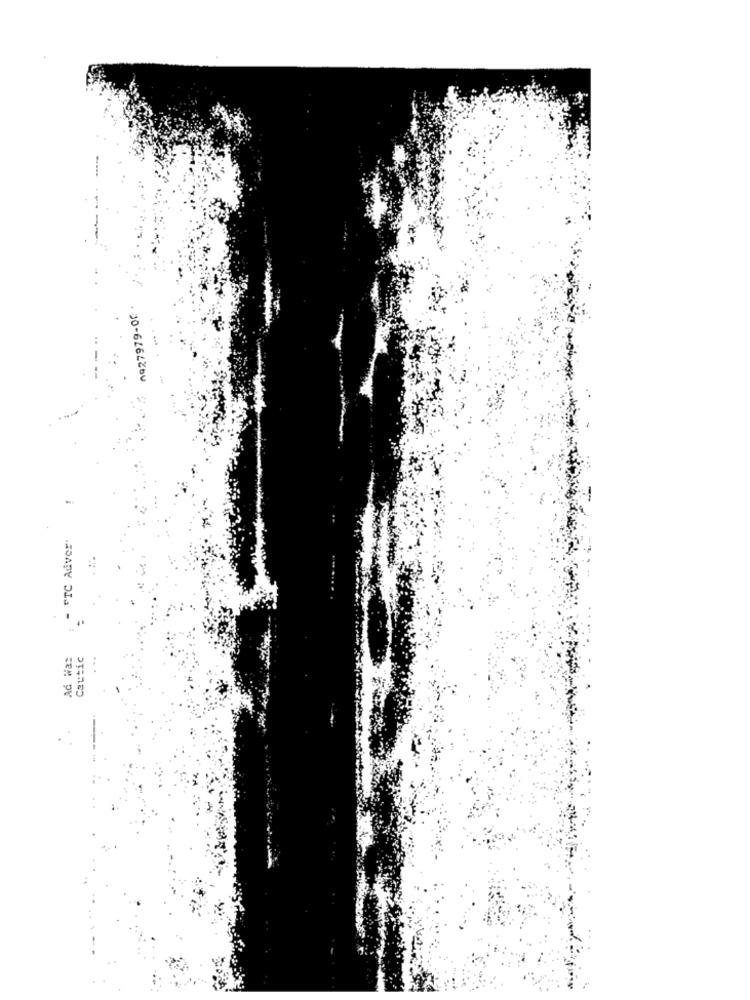
0927979-00
- FTC Adver.
Ad Wa:
Cautic